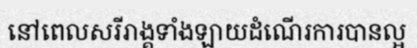
នៅពេលសរីរាង្គទាំងឡាយដំណើរការបានល្អ